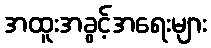
အထူးအခွင့်အရေးများ